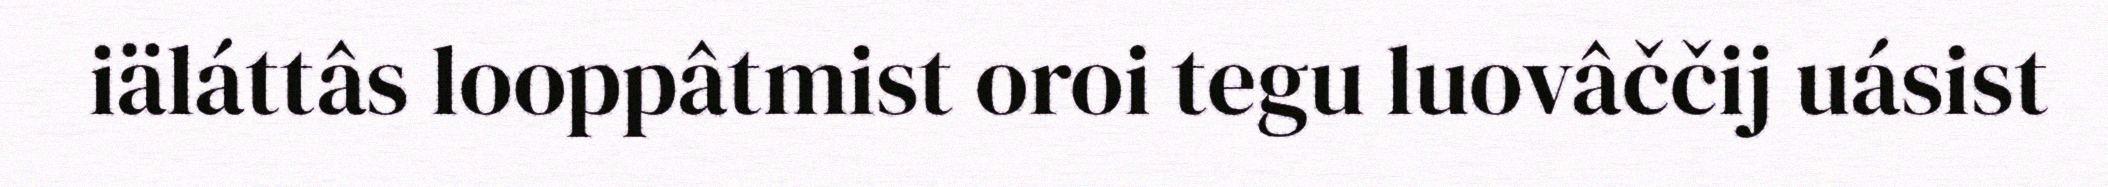
iäláttâs looppâtmist oroi tegu luovâččij uásist